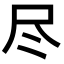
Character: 尽